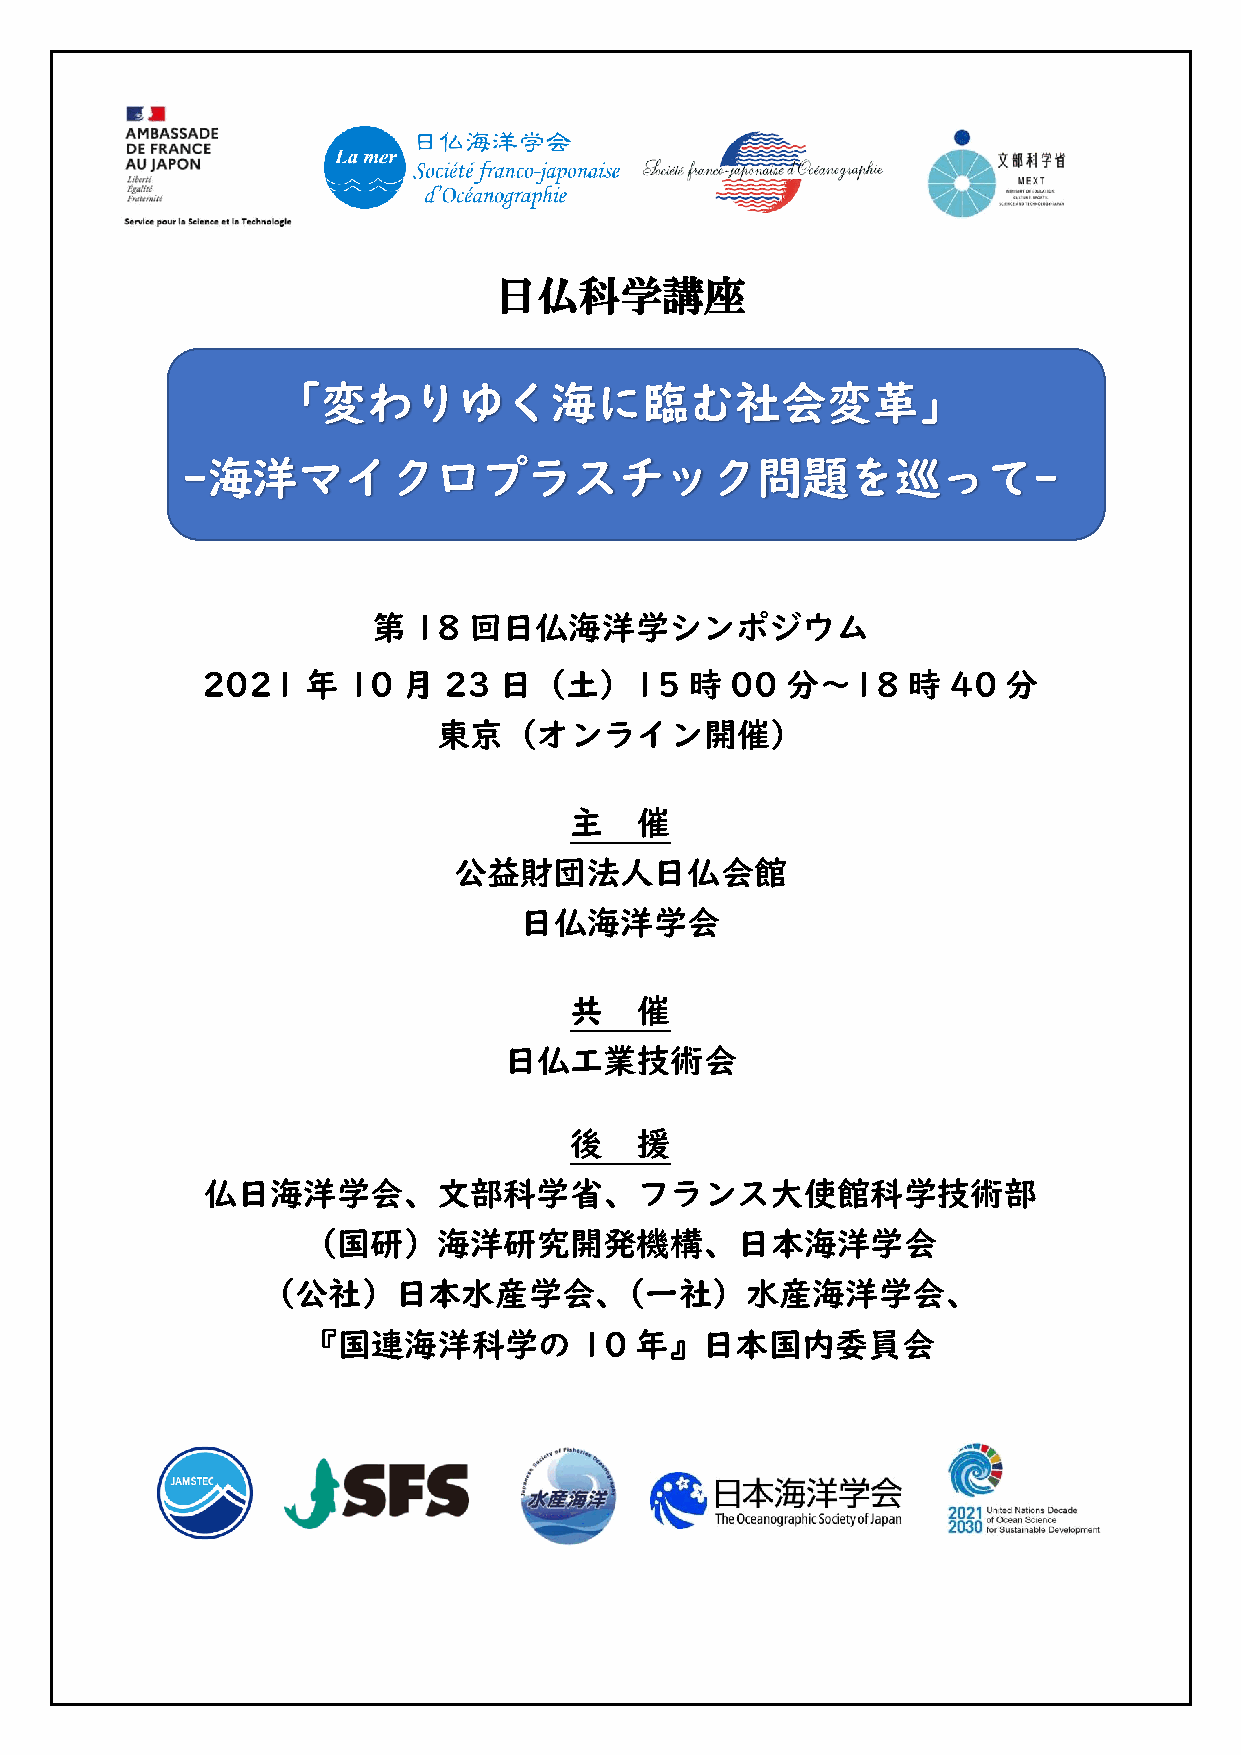
日仏科学講座
 「変わりゆく海に臨む社会変革」
 -海洋マイクロプラスチック問題を巡って-
 第 18  回日仏海洋学シンポジウム
 2021   年  10  月 23  日（土）15       時 00  分～18    時  40  分
 東京（オンライン開催）
 主   催
 公益財団法人日仏会館
 日仏海洋学会
 共   催
 日仏工業技術会
 後   援
 仏日海洋学会、文部科学省、フランス大使館科学技術部
 （国研）海洋研究開発機構、日本海洋学会
 （公社）日本水産学会、（一社）水産海洋学会、
 『国連海洋科学の          10  年』日本国内委員会